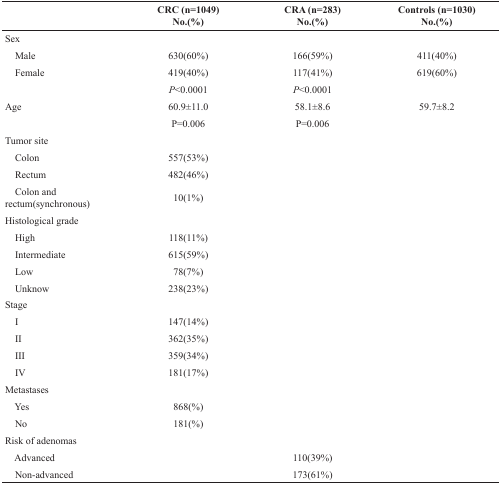
|  | CRC (n=1049) No.(%) | CRA (n=283) No.(%) | Controls (n=1030) No.(%) |
 | --- | --- | --- | --- |
 | Sex |  |  |  |
 | Male | 630(60%) | 166(59%) | 411(40%) |
 | Female | 419(40%) | 117(41%) | 619(60%) |
 |  | P<0.0001 | P<0.0001 |  |
 | Age | 60.9±11.0 | 58.1±8.6 | 59.7±8.2 |
 |  | P=0.006 | P=0.006 |  |
 | Tumor site |  |  |  |
 | Colon | 557(53%) |  |  |
 | Rectum | 482(46%) |  |  |
 | Colon and rectum(synchronous) | 10(1%) |  |  |
 | Histological grade |  |  |  |
 | High | 118(11%) |  |  |
 | Intermediate | 615(59%) |  |  |
 | Low | 78(7%) |  |  |
 | Unknow | 238(23%) |  |  |
 | Stage |  |  |  |
 | I | 147(14%) |  |  |
 | II | 362(35%) |  |  |
 | III | 359(34%) |  |  |
 | IV | 181(17%) |  |  |
 | Metastases |  |  |  |
 | Yes | 868(%) |  |  |
 | No | 181(%) |  |  |
 | Risk of adenomas |  |  |  |
 | Advanced |  | 110(39%) |  |
 | Non-advanced |  | 173(61%) |  |